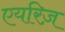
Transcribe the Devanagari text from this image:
एयरिज़